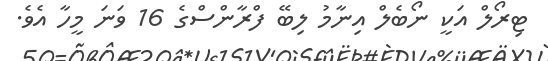
ޓިރޯލް އަކީ ނޯބެލް އިނާމު ލިބޭ ފްރާންސްގެ 16 ވަނަ މީހާ އެވެ.